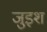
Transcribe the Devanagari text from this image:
जुइश